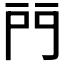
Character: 𨳇